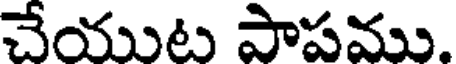
చేయుట పాపము.